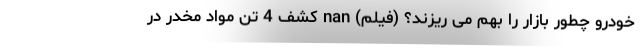
خودرو چطور بازار را بهم می ریزند؟ (فیلم) nan کشف 4 تن مواد مخدر در